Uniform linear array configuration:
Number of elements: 48
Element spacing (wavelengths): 0.5
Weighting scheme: hann
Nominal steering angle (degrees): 15
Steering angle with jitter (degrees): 15.16
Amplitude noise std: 0.05
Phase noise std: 0.05

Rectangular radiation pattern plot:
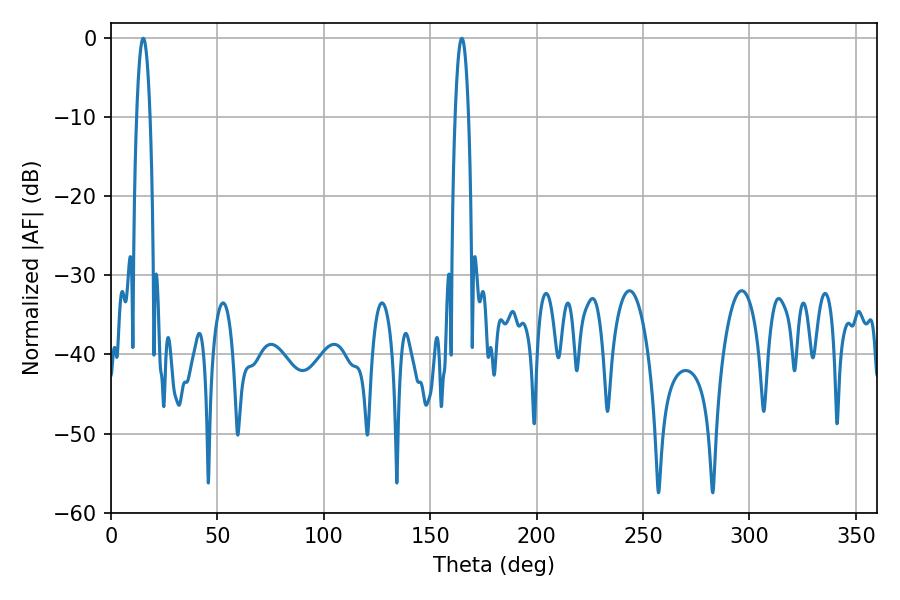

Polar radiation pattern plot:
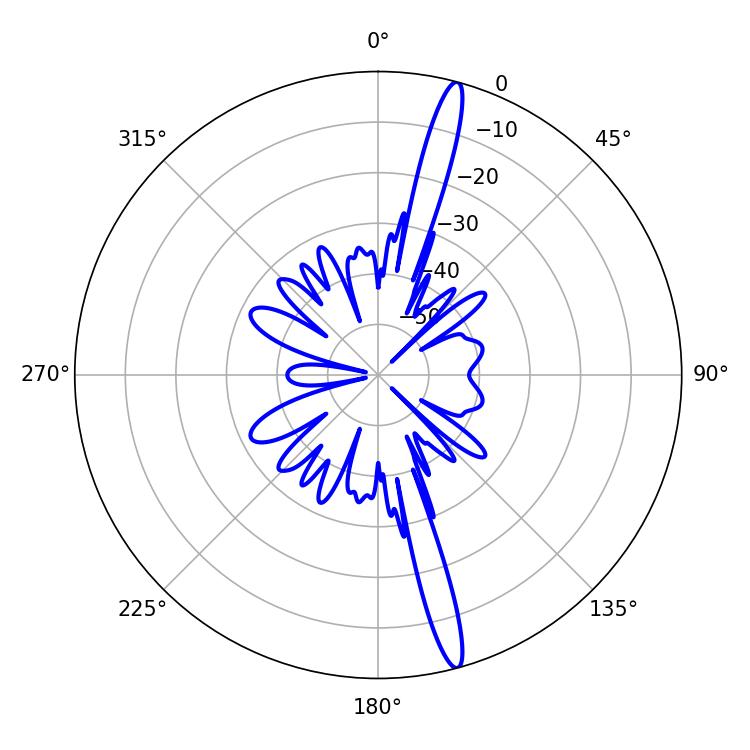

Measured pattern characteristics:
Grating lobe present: FALSE
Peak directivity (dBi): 17.649
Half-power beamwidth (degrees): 3.42
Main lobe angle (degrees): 15.12